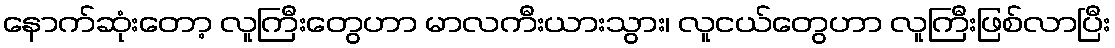
နောက်ဆုံးတော့ လူကြီးတွေဟာ မာလကီးယားသွား၊ လူငယ်တွေဟာ လူကြီးဖြစ်လာပြီး